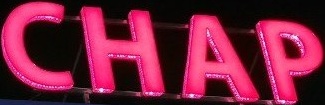
CHAP